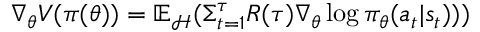
\nabla _ { \theta } V ( \pi ( \theta ) ) = \mathbb { E } _ { \mathcal { H } } ( \Sigma _ { t = 1 } ^ { \tau } R ( \tau ) \nabla _ { \theta } \log \pi _ { \theta } ( a _ { t } | s _ { t } ) ) )